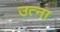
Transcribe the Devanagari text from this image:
उत्ना